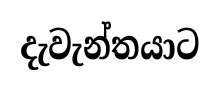
දැවැන්තයාට